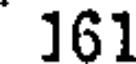
161